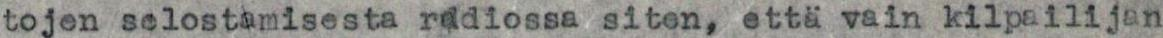
tojen selostamisesta radiossa siten, että vain kilpailijan